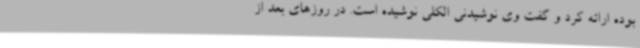
بوده ارائه کرد و گفت وی نوشیدنی الکلی نوشیده است. در روزهای بعد از